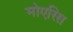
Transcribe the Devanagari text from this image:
मोएरिस